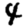
Digit: 4